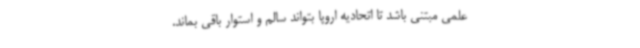
علمی مبتنی باشد تا اتحادیه اروپا بتواند سالم و استوار باقی بماند.